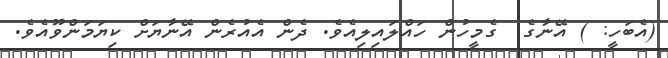
(އެބަހީ: ) އޭނާގެ  ގެމީހުން ހައްލައިލިއެވެ. ދެން އެއުރެން އޭނާޔަށް ކިޔަމަންވޫއެވެ.